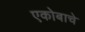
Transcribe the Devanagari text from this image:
एकोबाचे